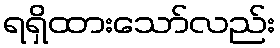
ရရှိထားသော်လည်း